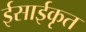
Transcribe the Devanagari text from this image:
ईसाईकृत